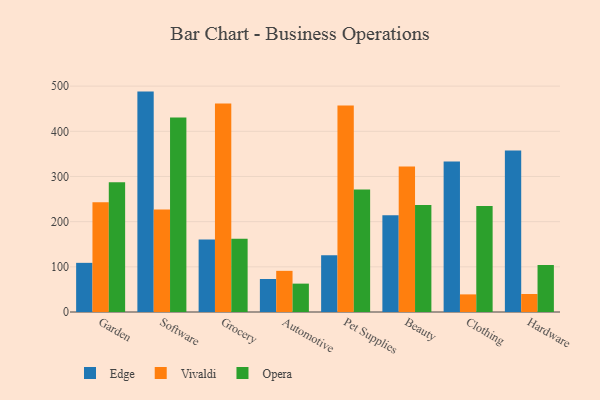
{"axis": {"x": "Category", "y": "Demand Index"}, "legend": ["Edge", "Opera", "Vivaldi"], "data": [{"x": "Garden", "y": 108.8, "type": "Edge"}, {"x": "Garden", "y": 243.0, "type": "Vivaldi"}, {"x": "Garden", "y": 287.0, "type": "Opera"}, {"x": "Software", "y": 487.9, "type": "Edge"}, {"x": "Software", "y": 226.9, "type": "Vivaldi"}, {"x": "Software", "y": 430.6, "type": "Opera"}, {"x": "Grocery", "y": 160.7, "type": "Edge"}, {"x": "Grocery", "y": 461.3, "type": "Vivaldi"}, {"x": "Grocery", "y": 162.2, "type": "Opera"}, {"x": "Automotive", "y": 73.1, "type": "Edge"}, {"x": "Automotive", "y": 91.1, "type": "Vivaldi"}, {"x": "Automotive", "y": 62.8, "type": "Opera"}, {"x": "Pet Supplies", "y": 125.7, "type": "Edge"}, {"x": "Pet Supplies", "y": 457.1, "type": "Vivaldi"}, {"x": "Pet Supplies", "y": 271.2, "type": "Opera"}, {"x": "Beauty", "y": 214.2, "type": "Edge"}, {"x": "Beauty", "y": 322.2, "type": "Vivaldi"}, {"x": "Beauty", "y": 237.0, "type": "Opera"}, {"x": "Clothing", "y": 333.1, "type": "Edge"}, {"x": "Clothing", "y": 39.0, "type": "Vivaldi"}, {"x": "Clothing", "y": 234.8, "type": "Opera"}, {"x": "Hardware", "y": 357.4, "type": "Edge"}, {"x": "Hardware", "y": 39.8, "type": "Vivaldi"}, {"x": "Hardware", "y": 104.0, "type": "Opera"}]}